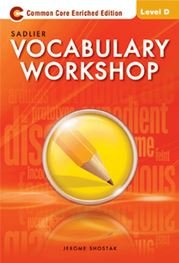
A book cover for Vocabulary Workshop 2012 Common Core Enriched Edition Student Edition Level D, Grade 9; Jerome Shostak; Education & Teaching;